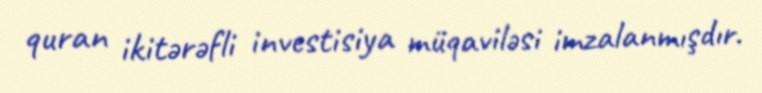
quran ikitərəfli investisiya müqaviləsi imzalanmışdır.